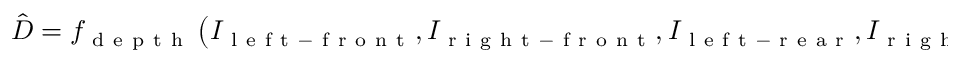
\hat { D } = f _ { \mathrm { ~ d ~ e ~ p ~ t ~ h ~ } } \left( I _ { \mathrm { ~ l ~ e ~ f ~ t ~ - ~ f ~ r ~ o ~ n ~ t ~ } } , I _ { \mathrm { ~ r ~ i ~ g ~ h ~ t ~ - ~ f ~ r ~ o ~ n ~ t ~ } } , I _ { \mathrm { ~ l ~ e ~ f ~ t ~ - ~ r ~ e ~ a ~ r ~ } } , I _ { \mathrm { ~ r ~ i ~ g ~ h ~ t ~ - ~ r ~ e ~ a ~ r ~ } } \right) .